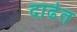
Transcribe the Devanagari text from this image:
दाढेत